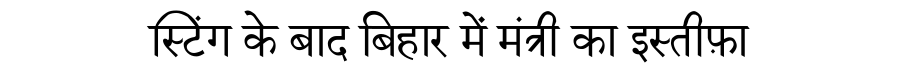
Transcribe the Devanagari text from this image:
स्टिंग के बाद बिहार में मंत्री का इस्तीफ़ा